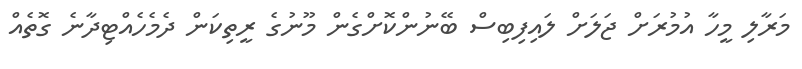
މަރާލި މީހާ އުމުރަށް ޖަލަށް ލައިފިބިސް ބޭނުންކޮށްގެން މޫނުގެ ރީތިކަން ދެމެހެއްޓިދާނެ ގޮތެއް